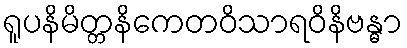
ရူပနိမိတ္တနိကေတဝိသာရဝိနိဗန္ဓာ